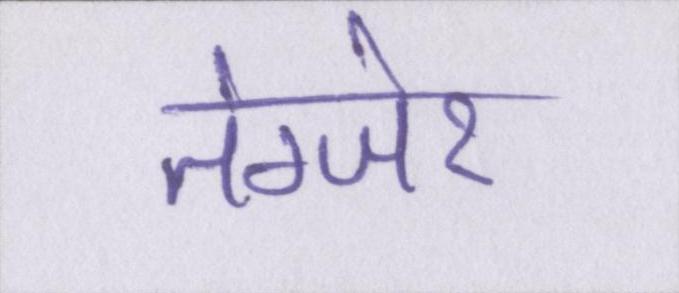
तंग्जेर